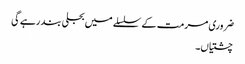
ضروری مرمت کے سلسلے میں بجلی بند رہے گی
چشتیاں۔